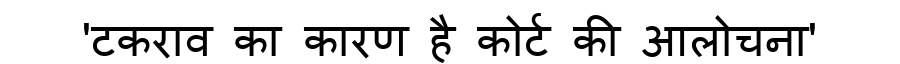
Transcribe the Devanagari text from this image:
'टकराव का कारण है कोर्ट की आलोचना'